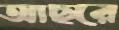
আছরে